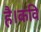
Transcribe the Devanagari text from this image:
है।कवि